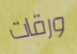
ورقات